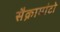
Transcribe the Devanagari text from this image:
सैक्रामांटो